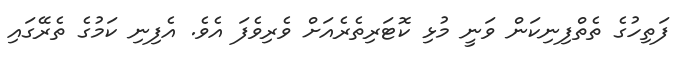
ފަތިހުގެ ތެތްފިނިކަން ވަނީ މުޅި ކޮޓަރިތެރެއަށް ވެރިވެފަ އެވެ. އެފިނި ކަމުގެ ތެރޭގައި